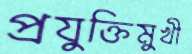
প্রযুক্তিমুখী